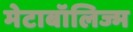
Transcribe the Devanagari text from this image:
मेटाबॉलिज्म